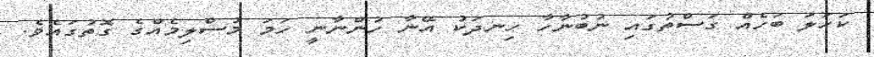
ކަހަލަ ބަހެއް ގަސްތުގައި ނުބުނާހާ ހިނދަކު އޭނާ ހުންނާނީ ހަމަ މުސްލިމެއްގެ ގޮތުގައެވެ.